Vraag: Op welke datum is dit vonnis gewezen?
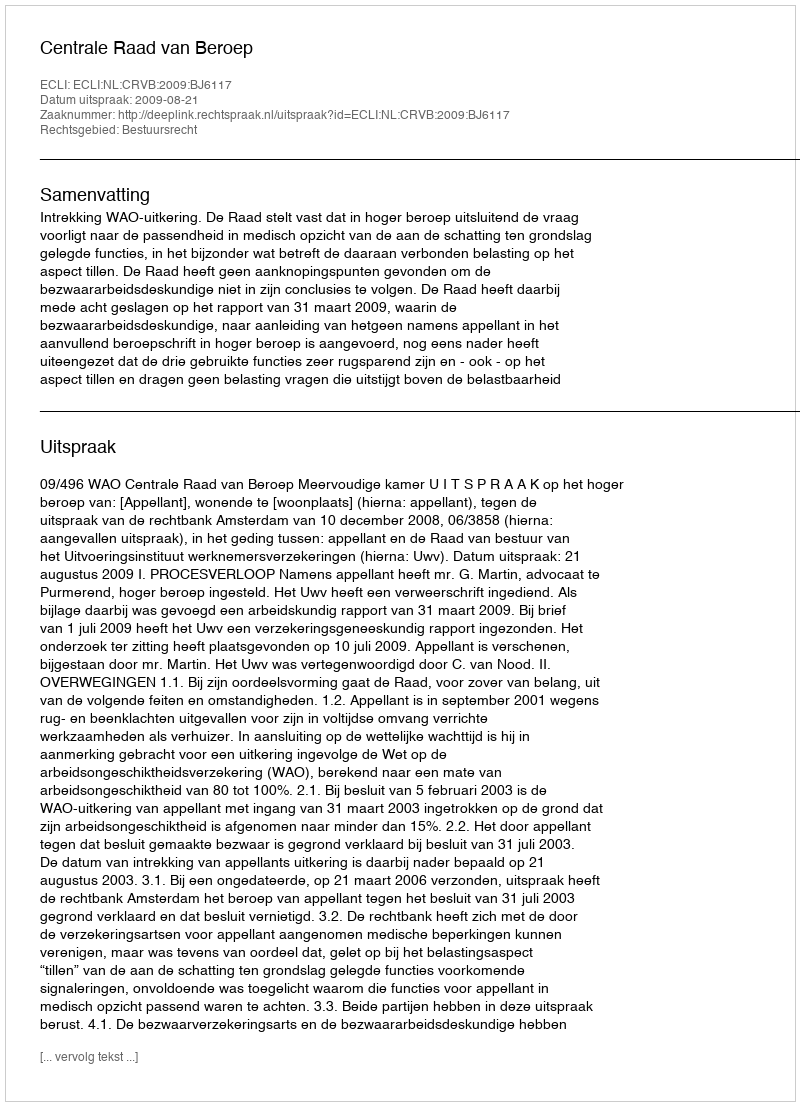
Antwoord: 2009-08-21